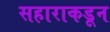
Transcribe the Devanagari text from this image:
सहाराकडून